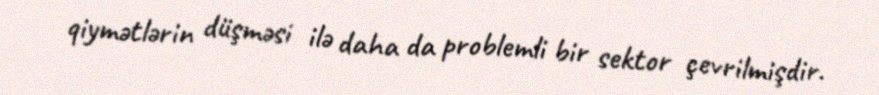
qiymətlərin düşməsi ilə daha da problemli bir sektor çevrilmişdir.